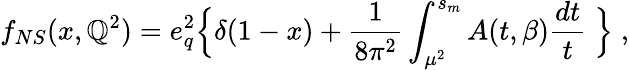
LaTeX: f_{NS}(x,\mathbb{Q}^{2})=e_{q}^{2}\Bigl\{ \delta(1-x)+\frac{{1}}{{8\pi^{2}}}\int_{\mu^{2}}^{s_{m}}A(t,\beta)\frac{{dt}}{{t}}\; \Bigr\} \; ,